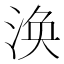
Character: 涣